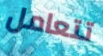
تتعامل